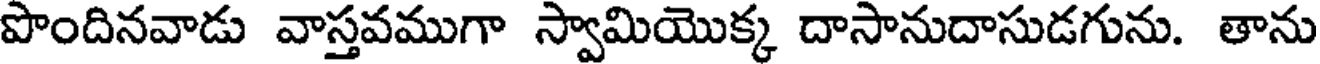
పొందినవాడు వాస్తవముగా స్వామియొక్క దాసానుదాసుడగును. తాను